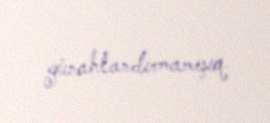
günahlandırmamışıq.